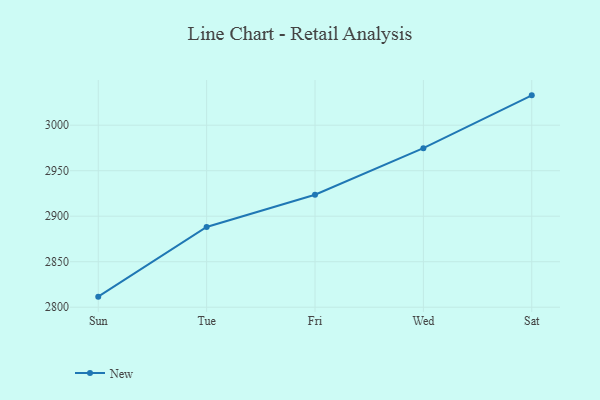
{"axis": {"x": "Day", "y": "Shipments"}, "legend": ["New"], "data": [{"x": "Sun", "y": 2811.6, "type": "New"}, {"x": "Tue", "y": 2888.2, "type": "New"}, {"x": "Fri", "y": 2923.6, "type": "New"}, {"x": "Wed", "y": 2974.8, "type": "New"}, {"x": "Sat", "y": 3032.8, "type": "New"}]}